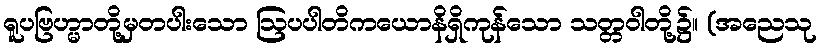
ရူပဗြဟ္မာတို့မှတပါးသော ဩပပါတိကယောနိရှိကုန်သော သတ္တဝါတို့၌။ (အညေသု